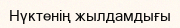
Нүктенің жылдамдығы